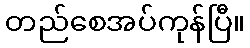
တည်စေအပ်ကုန်ပြီ။